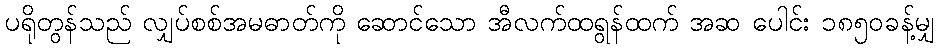
ပရိုတွန်သည် လျှပ်စစ်အမဓာတ်ကို ဆောင်သော အီလက်ထရွန်ထက် အဆ ပေါင်း ၁၈၅၀ခန့်မျှ